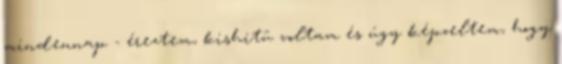
mindennap - éreztem, kishitû voltam és úgy képzeltem, hogy